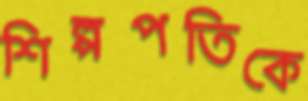
শিল্পপতিকে